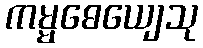
ကမ္မဓေယျေသု